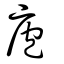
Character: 庖